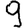
Digit: 9